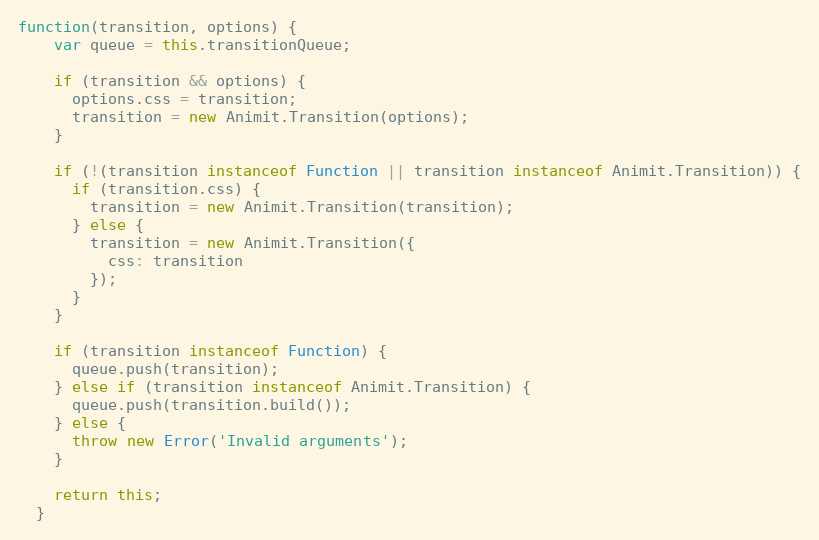
Language: JavaScript
function(transition, options) {
    var queue = this.transitionQueue;

    if (transition && options) {
      options.css = transition;
      transition = new Animit.Transition(options);
    }

    if (!(transition instanceof Function || transition instanceof Animit.Transition)) {
      if (transition.css) {
        transition = new Animit.Transition(transition);
      } else {
        transition = new Animit.Transition({
          css: transition
        });
      }
    }

    if (transition instanceof Function) {
      queue.push(transition);
    } else if (transition instanceof Animit.Transition) {
      queue.push(transition.build());
    } else {
      throw new Error('Invalid arguments');
    }

    return this;
  }